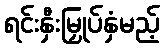
ရင်းနှီးမြှုပ်နှံမည့်